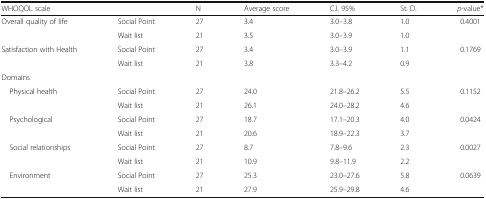
| WHOQOL scale |  | N | Average score | C.I. 95% | St. D. | p-value* |
 | --- | --- | --- | --- | --- | --- | --- |
 | <ROWSPAN=2> Overall quality of life | Social Point | 27 | 3.4 | 3.0–3.8 | 1.0 | <ROWSPAN=2> 0.4001 |
 | Wait list | 21 | 3.5 | 3.0–3.9 | 1.0 |
 | <ROWSPAN=2> Satisfaction with Health | Social Point | 27 | 3.4 | 3.0–3.9 | 1.1 | <ROWSPAN=2> 0.1769 |
 | Wait list | 21 | 3.8 | 3.3–4.2 | 0.9 |
 | <COLSPAN=7> Domains |
 | <ROWSPAN=2> Physical health | Social Point | 27 | 24.0 | 21.8–26.2 | 5.5 | <ROWSPAN=2> 0.1152 |
 | Wait list | 21 | 26.1 | 24.0–28.2 | 4.6 |
 | <ROWSPAN=2> Psychological | Social Point | 27 | 18.7 | 17.1–20.3 | 4.0 | <ROWSPAN=2> 0.0424 |
 | Wait list | 21 | 20.6 | 18.9–22.3 | 3.7 |
 | <ROWSPAN=2> Social relationships | Social Point | 27 | 8.7 | 7.8–9.6 | 2.3 | <ROWSPAN=2> 0.0027 |
 | Wait list | 21 | 10.9 | 9.8–11.9 | 2.2 |
 | <ROWSPAN=2> Environment | Social Point | 27 | 25.3 | 23.0–27.6 | 5.8 | <ROWSPAN=2> 0.0639 |
 | Wait list | 21 | 27.9 | 25.9–29.8 | 4.6 |